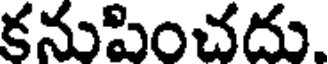
కనుపించదు.